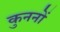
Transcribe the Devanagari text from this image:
कुननों